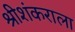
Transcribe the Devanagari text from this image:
श्रीशंकराला